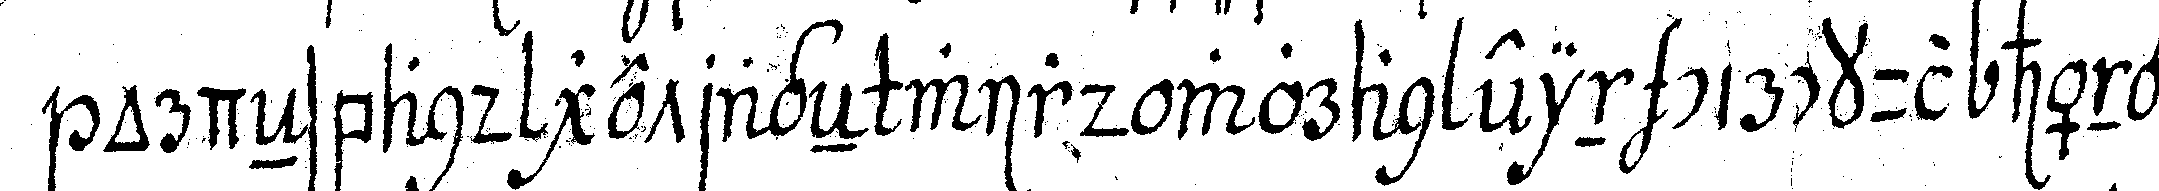
ordeNsband getrageN wird woran ein circkul hängt